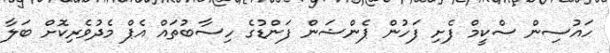
ހައުސިން ސްކީމް ފެށި ފަހުން ޕެންޝަން ފަންޑުގެ ހިސާބުތައް އެޕް މެދުވެރިކޮށް ބަލާ